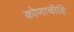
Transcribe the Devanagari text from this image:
कोणाचीहि